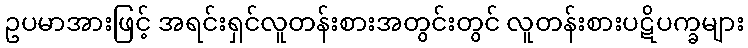
ဥပမာအားဖြင့် အရင်းရှင်လူတန်းစားအတွင်းတွင် လူတန်းစားပဋိပက္ခများ